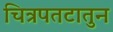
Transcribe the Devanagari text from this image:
चित्रपतटातुन